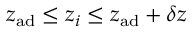
z _ { \mathrm { a d } } \leq z _ { i } \leq z _ { \mathrm { a d } } + \delta z